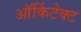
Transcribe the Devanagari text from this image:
ऑर्किटेक्ट